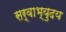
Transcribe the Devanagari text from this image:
सर्वाभ्युदय